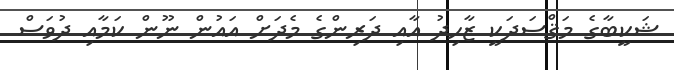
ޝަކީބާގެ މަޤްސަދަކީ ޒާހިދު އާއި ދަރިންގެ މެދަށް އައުން ނޫން ކަމާއި ދުވަސް